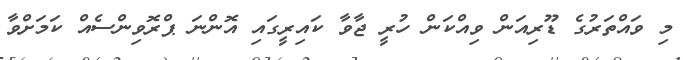
މި ވައްތަރުގެ ޑޫރިއަން ވިއްކަން ހުރީ ޖާވާ ކައިރީގައި އޮންނަ ޕްރޮވިންސެއް ކަމަށްވާ